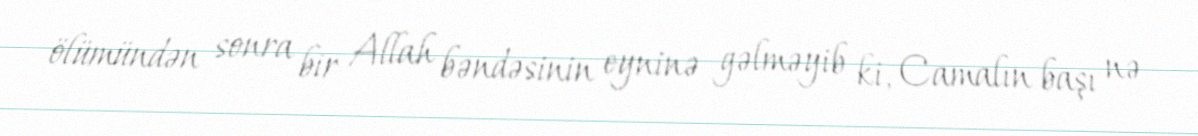
ölümündən sonra bir Allah bəndəsinin eyninə gəlməyib ki, Camalın başı nə